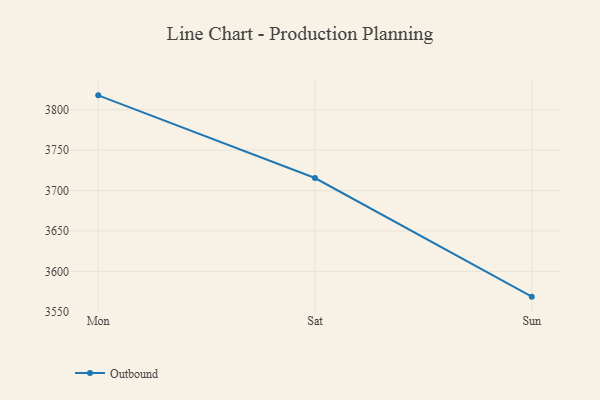
{"axis": {"x": "Day", "y": "Satisfaction Score"}, "legend": ["Outbound"], "data": [{"x": "Mon", "y": 3817.8, "type": "Outbound"}, {"x": "Sat", "y": 3715.5, "type": "Outbound"}, {"x": "Sun", "y": 3568.7, "type": "Outbound"}]}